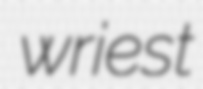
wriest